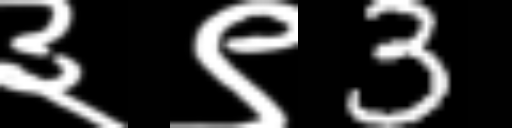
Text: ३९3